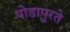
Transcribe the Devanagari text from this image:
पोडापुरते